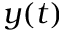
y ( t )